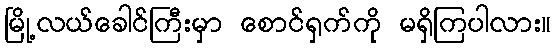
မြို့လယ်ခေါင်ကြီးမှာ စောင်ရှက်ကို မရှိကြပါလား။